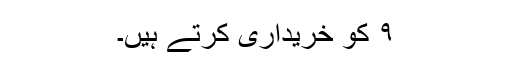
۹ کو خریداری کرتے ہیں۔